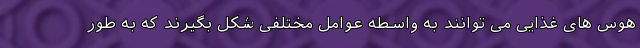
هوس های غذایی می توانند به واسطه عوامل مختلفی شکل بگیرند که به طور